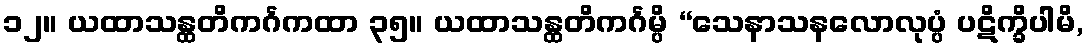
၁၂။ ယထာသန္ထတိကင်္ဂကထာ ၃၅။ ယထာသန္ထတိကင်္ဂမ္ပိ “သေနာသနလောလုပ္ပံ ပဋိက္ခိပါမိ,